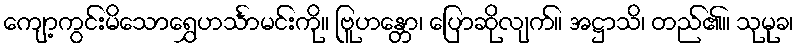
ကျော့ကွင်းမိသောရွှေဟင်္သာမင်းကို။ ဗြူဟန္တော၊ ပြောဆိုလျက်။ အဋ္ဌာသိ၊ တည်၏။ သုမုခ၊